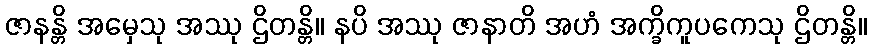
ဇာနန္တိ အမှေသု အဿု ဌိတန္တိ။ နပိ အဿု ဇာနာတိ အဟံ အက္ခိကူပကေသု ဌိတန္တိ။